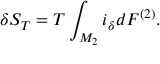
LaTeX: \delta S _ { T } = T \int _ { { \cal M } _ { 2 } } i _ { \delta } d { \cal F } ^ { ( 2 ) } .